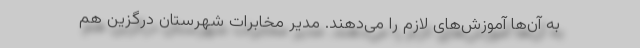
به آن‌ها آموزش‌های لازم را می‌دهند. مدیر مخابرات شهرستان درگزین هم